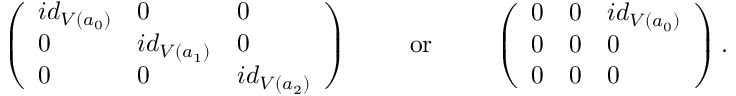
\left( \begin{array} { l l l } { i d _ { V ( a _ { 0 } ) } } & { 0 } & { 0 } \\ { 0 } & { i d _ { V ( a _ { 1 } ) } } & { 0 } \\ { 0 } & { 0 } & { i d _ { V ( a _ { 2 } ) } } \end{array} \right) \qquad \mathrm { ~ o r ~ } \qquad \left( \begin{array} { l l l } { 0 } & { 0 } & { i d _ { V ( a _ { 0 } ) } } \\ { 0 } & { 0 } & { 0 } \\ { 0 } & { 0 } & { 0 } \end{array} \right) .